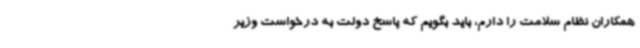
همکاران نظام سلامت را دارم، باید بگویم که پاسخ دولت به درخواست وزیر